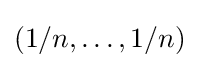
(1/n,\dots ,1/n)